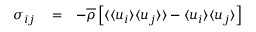
\begin{array} { r l r } { \sigma _ { i j } } & { { } = } & { - \overline { { \rho } } \left[ \langle { \langle u _ { i } \rangle \langle u _ { j } \rangle } \rangle - \langle u _ { i } \rangle \langle u _ { j } \rangle \right] } \end{array}